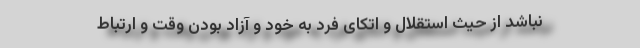
نباشد از حیث استقلال و اتکای فرد به خود و آزاد بودن وقت و ارتباط